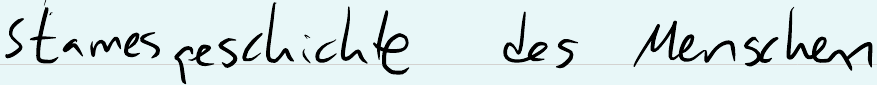
Stamesgeschichte des Menschen